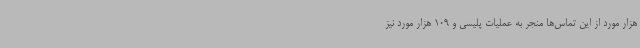
هزار مورد از این تماس‌ها منجر به عملیات پلیسی و 109 هزار مورد نیز